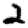
Digit: 2